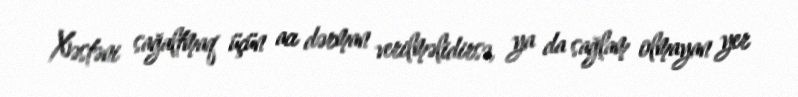
Xəstəni sağaltmaq üçün acı dərman verilməlidirsə, ya da sağlam olmayan yer